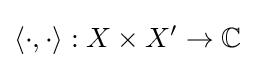
\langle \cdot ,\cdot \rangle :X\times X^{\prime }\to \mathbb {C}